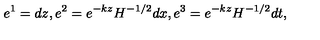
e ^ { 1 } = d z , e ^ { 2 } = e ^ { - k z } H ^ { - 1 / 2 } d x , e ^ { 3 } = e ^ { - k z } H ^ { - 1 / 2 } d t ,